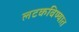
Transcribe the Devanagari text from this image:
लटकविण्यात